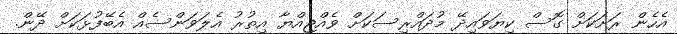
އެހެން ރަށަކަށް ގޮސް ކިޔަވައިދޭ މުދައްރިސަކަށް ވެއްޖިއްޔާ އިތުރު އެލަވަންސެއް އެބޭފުޅަކަށް ދޭން.